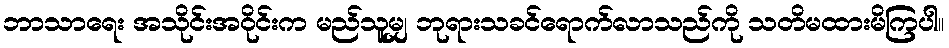
ဘာသာရေး အသိုင်းအဝိုင်းက မည်သူမျှ ဘုရားသခင်ရောက်လာသည်ကို သတိမထားမိကြပါ။